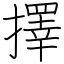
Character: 擇